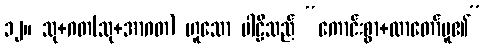
၁၂။ သု+ဂတ(သု+အာဂတ) ဟူသော ပါဠိသည် “ကောင်းစွာ+လာတော်မူ၏”